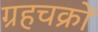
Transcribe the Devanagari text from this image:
ग्रहचक्रों